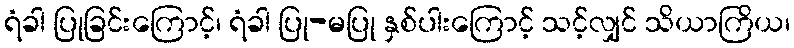
ရံခါ ပြုခြင်းကြောင့်၊ ရံခါ ပြု-မပြု နှစ်ပါးကြောင့် သင့်လျှင် သိယာကြိယ၊